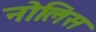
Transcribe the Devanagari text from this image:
नोलिस